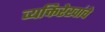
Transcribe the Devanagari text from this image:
व्यक्तिरेखांचे